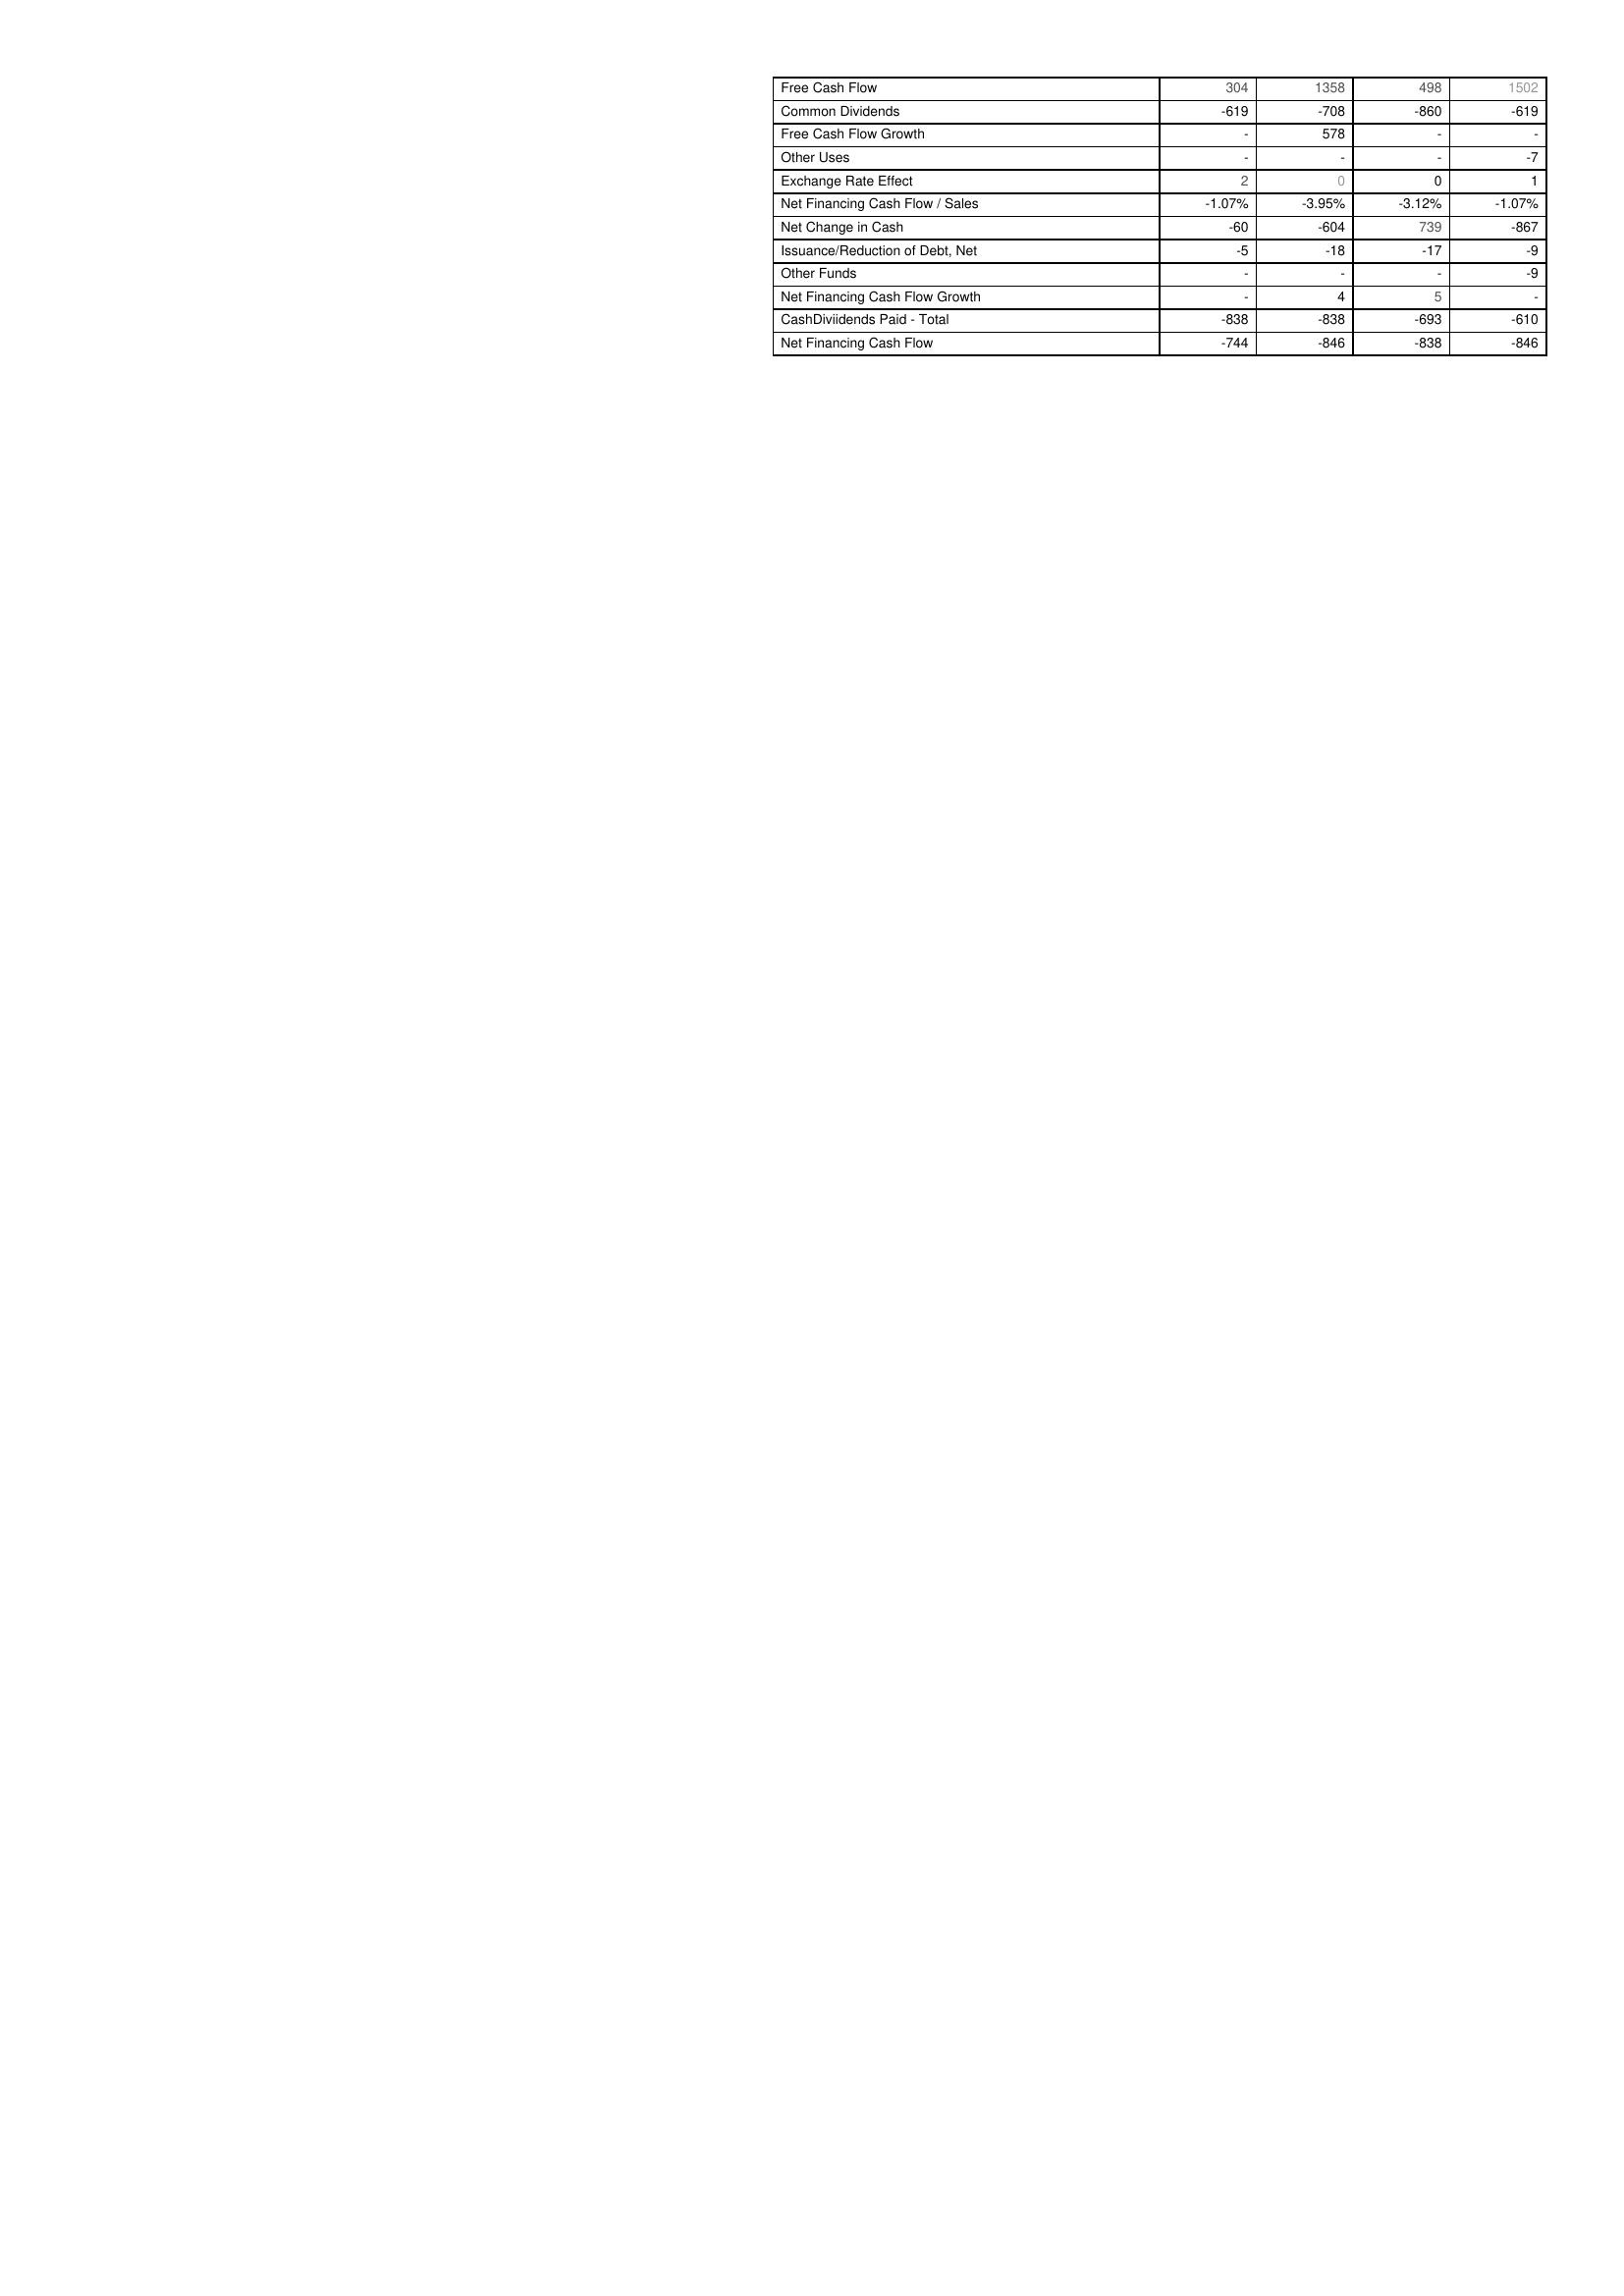
2010: Financing Activities: Free Cash Flow: 304
Common Dividends: -619
Free Cash Flow Growth: -
Other Uses: -
Exchange Rate Effect: 2
Net Financing Cash Flow / Sales: -1.07%
Net Change in Cash: -60
Issuance/Reduction of Debt, Net: -5
Other Funds: -
Net Financing Cash Flow Growth: -
CashDiviidends Paid - Total: -838
Net Financing Cash Flow: -744
2011: Financing Activities: Free Cash Flow: 1358
Common Dividends: -708
Free Cash Flow Growth: 578
Other Uses: -
Exchange Rate Effect: 0
Net Financing Cash Flow / Sales: -3.95%
Net Change in Cash: -604
Issuance/Reduction of Debt, Net: -18
Other Funds: -
Net Financing Cash Flow Growth: 4
CashDiviidends Paid - Total: -838
Net Financing Cash Flow: -846
2012: Financing Activities: Free Cash Flow: 498
Common Dividends: -860
Free Cash Flow Growth: -
Other Uses: -
Exchange Rate Effect: 0
Net Financing Cash Flow / Sales: -3.12%
Net Change in Cash: 739
Issuance/Reduction of Debt, Net: -17
Other Funds: -
Net Financing Cash Flow Growth: 5
CashDiviidends Paid - Total: -693
Net Financing Cash Flow: -838
2013: Financing Activities: Free Cash Flow: 1502
Common Dividends: -619
Free Cash Flow Growth: -
Other Uses: -7
Exchange Rate Effect: 1
Net Financing Cash Flow / Sales: -1.07%
Net Change in Cash: -867
Issuance/Reduction of Debt, Net: -9
Other Funds: -9
Net Financing Cash Flow Growth: -
CashDiviidends Paid - Total: -610
Net Financing Cash Flow: -846